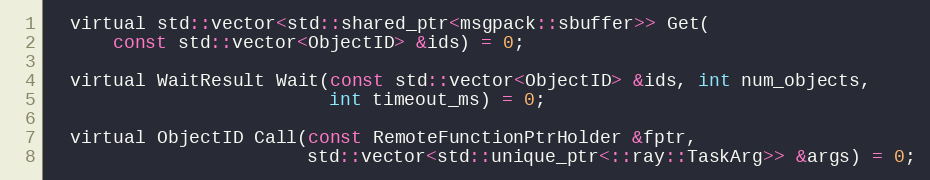
Language: C
  virtual std::vector<std::shared_ptr<msgpack::sbuffer>> Get(
      const std::vector<ObjectID> &ids) = 0;

  virtual WaitResult Wait(const std::vector<ObjectID> &ids, int num_objects,
                          int timeout_ms) = 0;

  virtual ObjectID Call(const RemoteFunctionPtrHolder &fptr,
                        std::vector<std::unique_ptr<::ray::TaskArg>> &args) = 0;